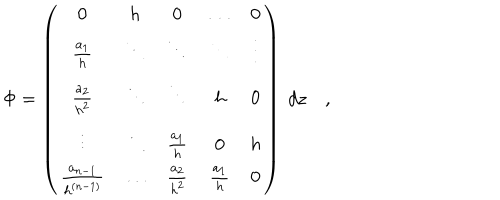
\Phi = \left( \begin{matrix} { { 0 } } & { { h } } & { { 0 } } & { { \ldots } } & { { 0 } } \\ { { { \frac { a _ { 1 } } { h } } } } & { { \ddots } } & { { \ddots } } & { { \ddots } } & { { \vdots } } \\ { { { \frac { a _ { 2 } } { h ^ { 2 } } } } } & { { \ddots } } & { { \ddots } } & { { h } } & { { 0 } } \\ { { \vdots } } & { { \ddots } } & { { { \frac { a _ { 1 } } { h } } } } & { { 0 } } & { { h } } \\ { { { \frac { a _ { n - 1 } } { h ^ { ( n - 1 ) } } } } } & { { \ldots } } & { { { \frac { a _ { 2 } } { h ^ { 2 } } } } } & { { { \frac { a _ { 1 } } { h } } } } & { { 0 } } \\ \end{matrix} \right) ~ d z \quad ,